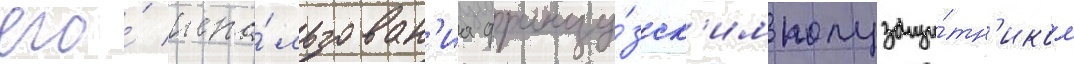
его́ испо́льзован'иа францу́зск'им полузащи́тн'иком